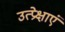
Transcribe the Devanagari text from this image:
उत्प्रेक्षाएं